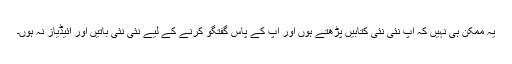
یہ ممکن ہی نہیں کہ آپ نئی نئی کتابیں پڑھتے ہوں اور آپ کے پاس گفتگو کرنے کے لیے نئی نئی باتیں اور آئیڈیاز نہ ہوں۔